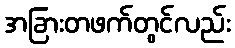
အခြားတဖက်တွင်လည်း